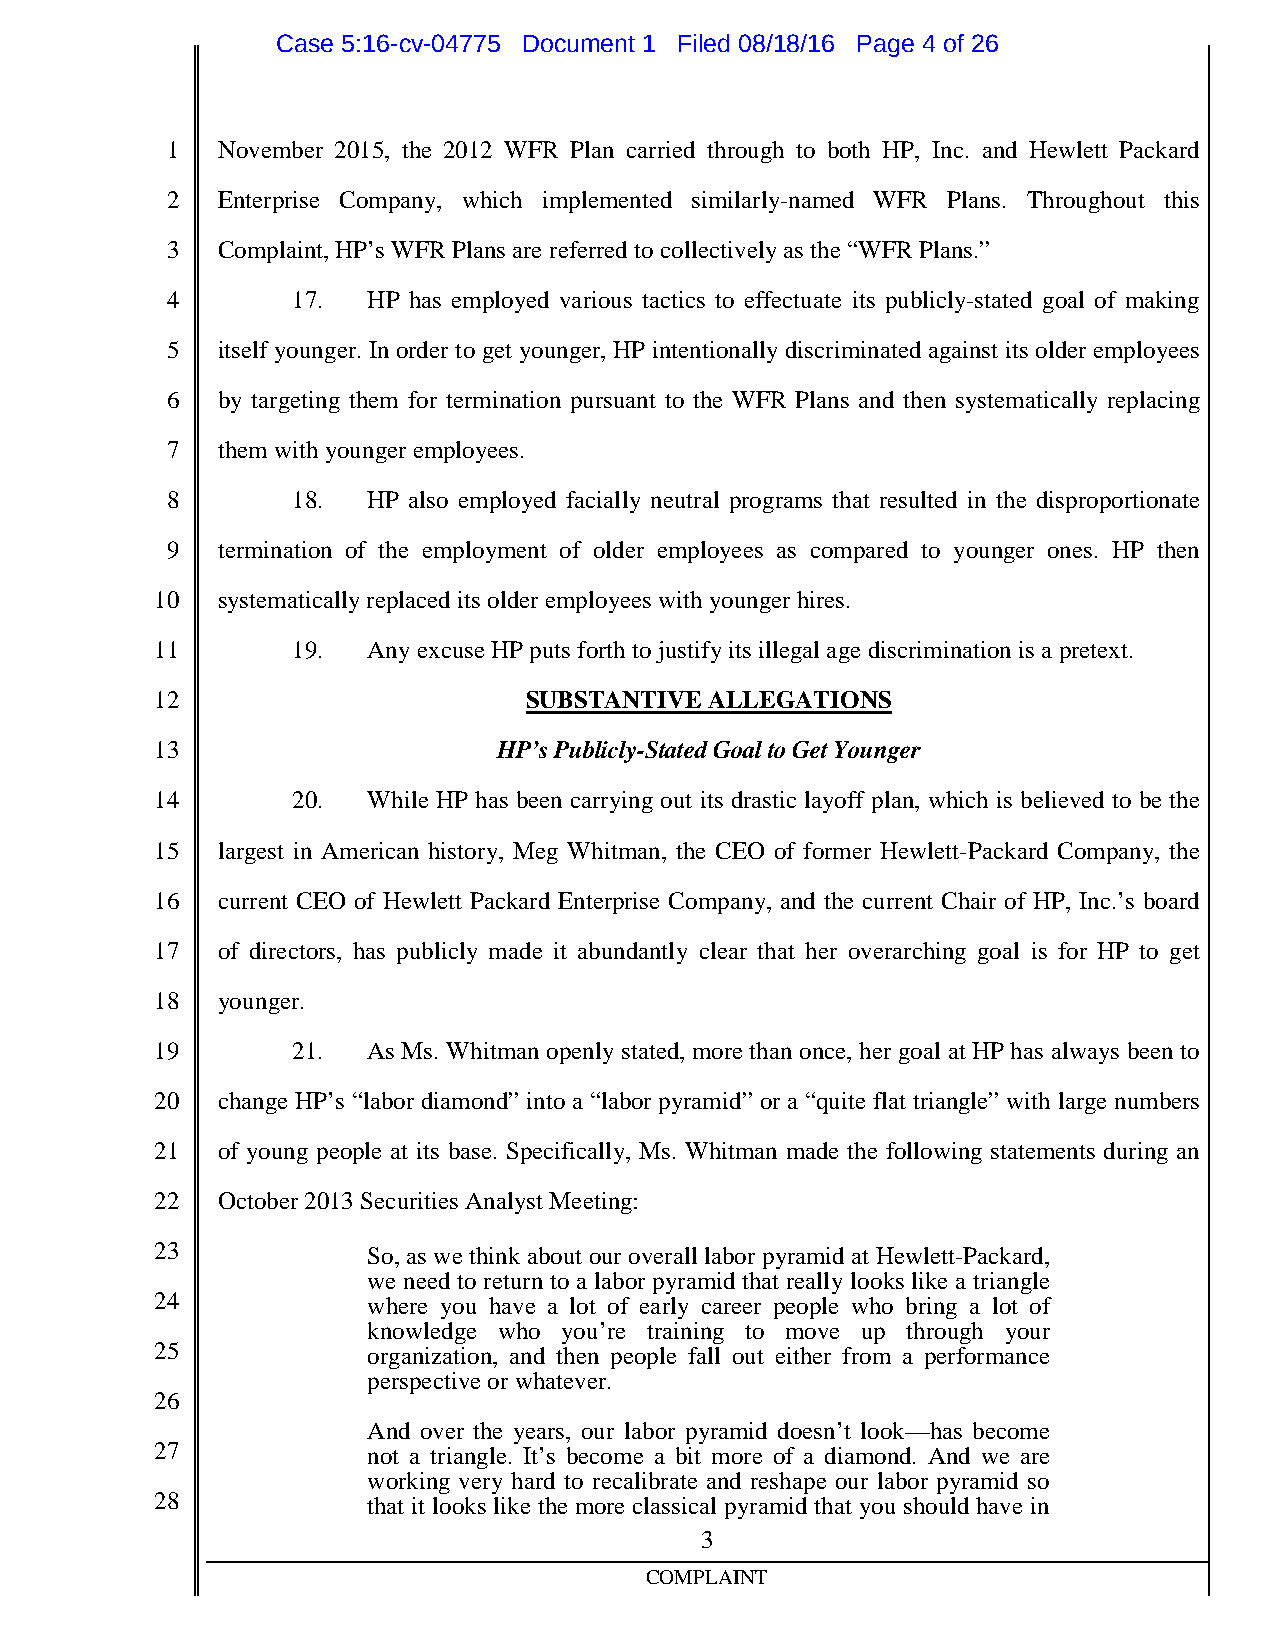
Case 5:16-cv-04775 Document 1 Filed 08/18/16 Page 4 of 26
 1  November 2015, the 2012 WFR Plan carried through to both HP, Inc. and Hewlett Packard
 2  Enterprise Company, which implemented similarly-named WFR Plans. Throughout this
 3  Complaint,HP’s WFR Plans are referredtocollectivelyas the “WFR Plans.”
 4       17.  HP has employed various tactics to effectuate its publicly-stated goal of making
 5  itself younger. In order to get younger, HP intentionallydiscriminated against its older employees
 6  by targeting them for termination pursuant to the WFR Plans and then systematically replacing
 7  them with younger employees.
 8       18.  HP also employed facially neutral programs that resulted in the disproportionate
 9  termination of the employment of older employees as compared to younger ones. HP then
 10  systematicallyreplacedits olderemployees with youngerhires.
 11       19.  AnyexcuseHP puts forthtojustifyits illegal age discriminationis apretext.
 12                       SUBSTANTIVE ALLEGATIONS
 13                     HP’sPublicly-StatedGoaltoGetYounger
 14       20.  While HP has been carrying out its drastic layoff plan, which is believed to be the
 15  largest in American history, Meg Whitman, the CEO of former Hewlett-Packard Company, the
 16  current CEO of Hewlett Packard Enterprise Company, and the current Chair of HP, Inc.’s board
 17  of directors, has publicly made it abundantly clear that her overarching goal is for HP to get
 18  younger.
 19       21.  As Ms. Whitman openly stated, more than once, her goal at HP has always been to
 20  change HP’s “labor diamond” into a “labor pyramid” or a “quite flat triangle” with large numbers
 21  of young people at its base. Specifically, Ms. Whitman made the following statements during an
 22  October2013Securities Analyst Meeting:
 23            So,as wethink about our overall laborpyramidat Hewlett-Packard,
 we need to return to a labor pyramid that reallylooks like a triangle
 24            where you have a lot of early career people who bring a lot of
 knowledge who you’re training to move up through your
 25            organization, and then people fall out either from a performance
 perspectiveorwhatever.
 26
 And over the years, our labor pyramid doesn’t look—has become
 27            not a triangle. It’s become a bit more of a diamond. And we are
 working very hard to recalibrate and reshape our labor pyramid so
 28            that it looks like the more classical pyramid that you should have in
 3
 COMPLAINT